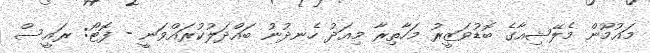
މައުމޫން މެލޭޝިއާގެ ބޮޑުވަޒީރު މަހާތިރާ މިއަދު ހެނދުނު ބައްދަލުކުރައްވަނީ - ފޮޓޯ: ރައީސް